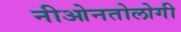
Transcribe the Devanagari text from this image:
नीओनतोलोगी